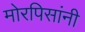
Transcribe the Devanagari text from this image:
मोरपिसांनी